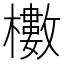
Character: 櫢